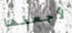
لأجعلها